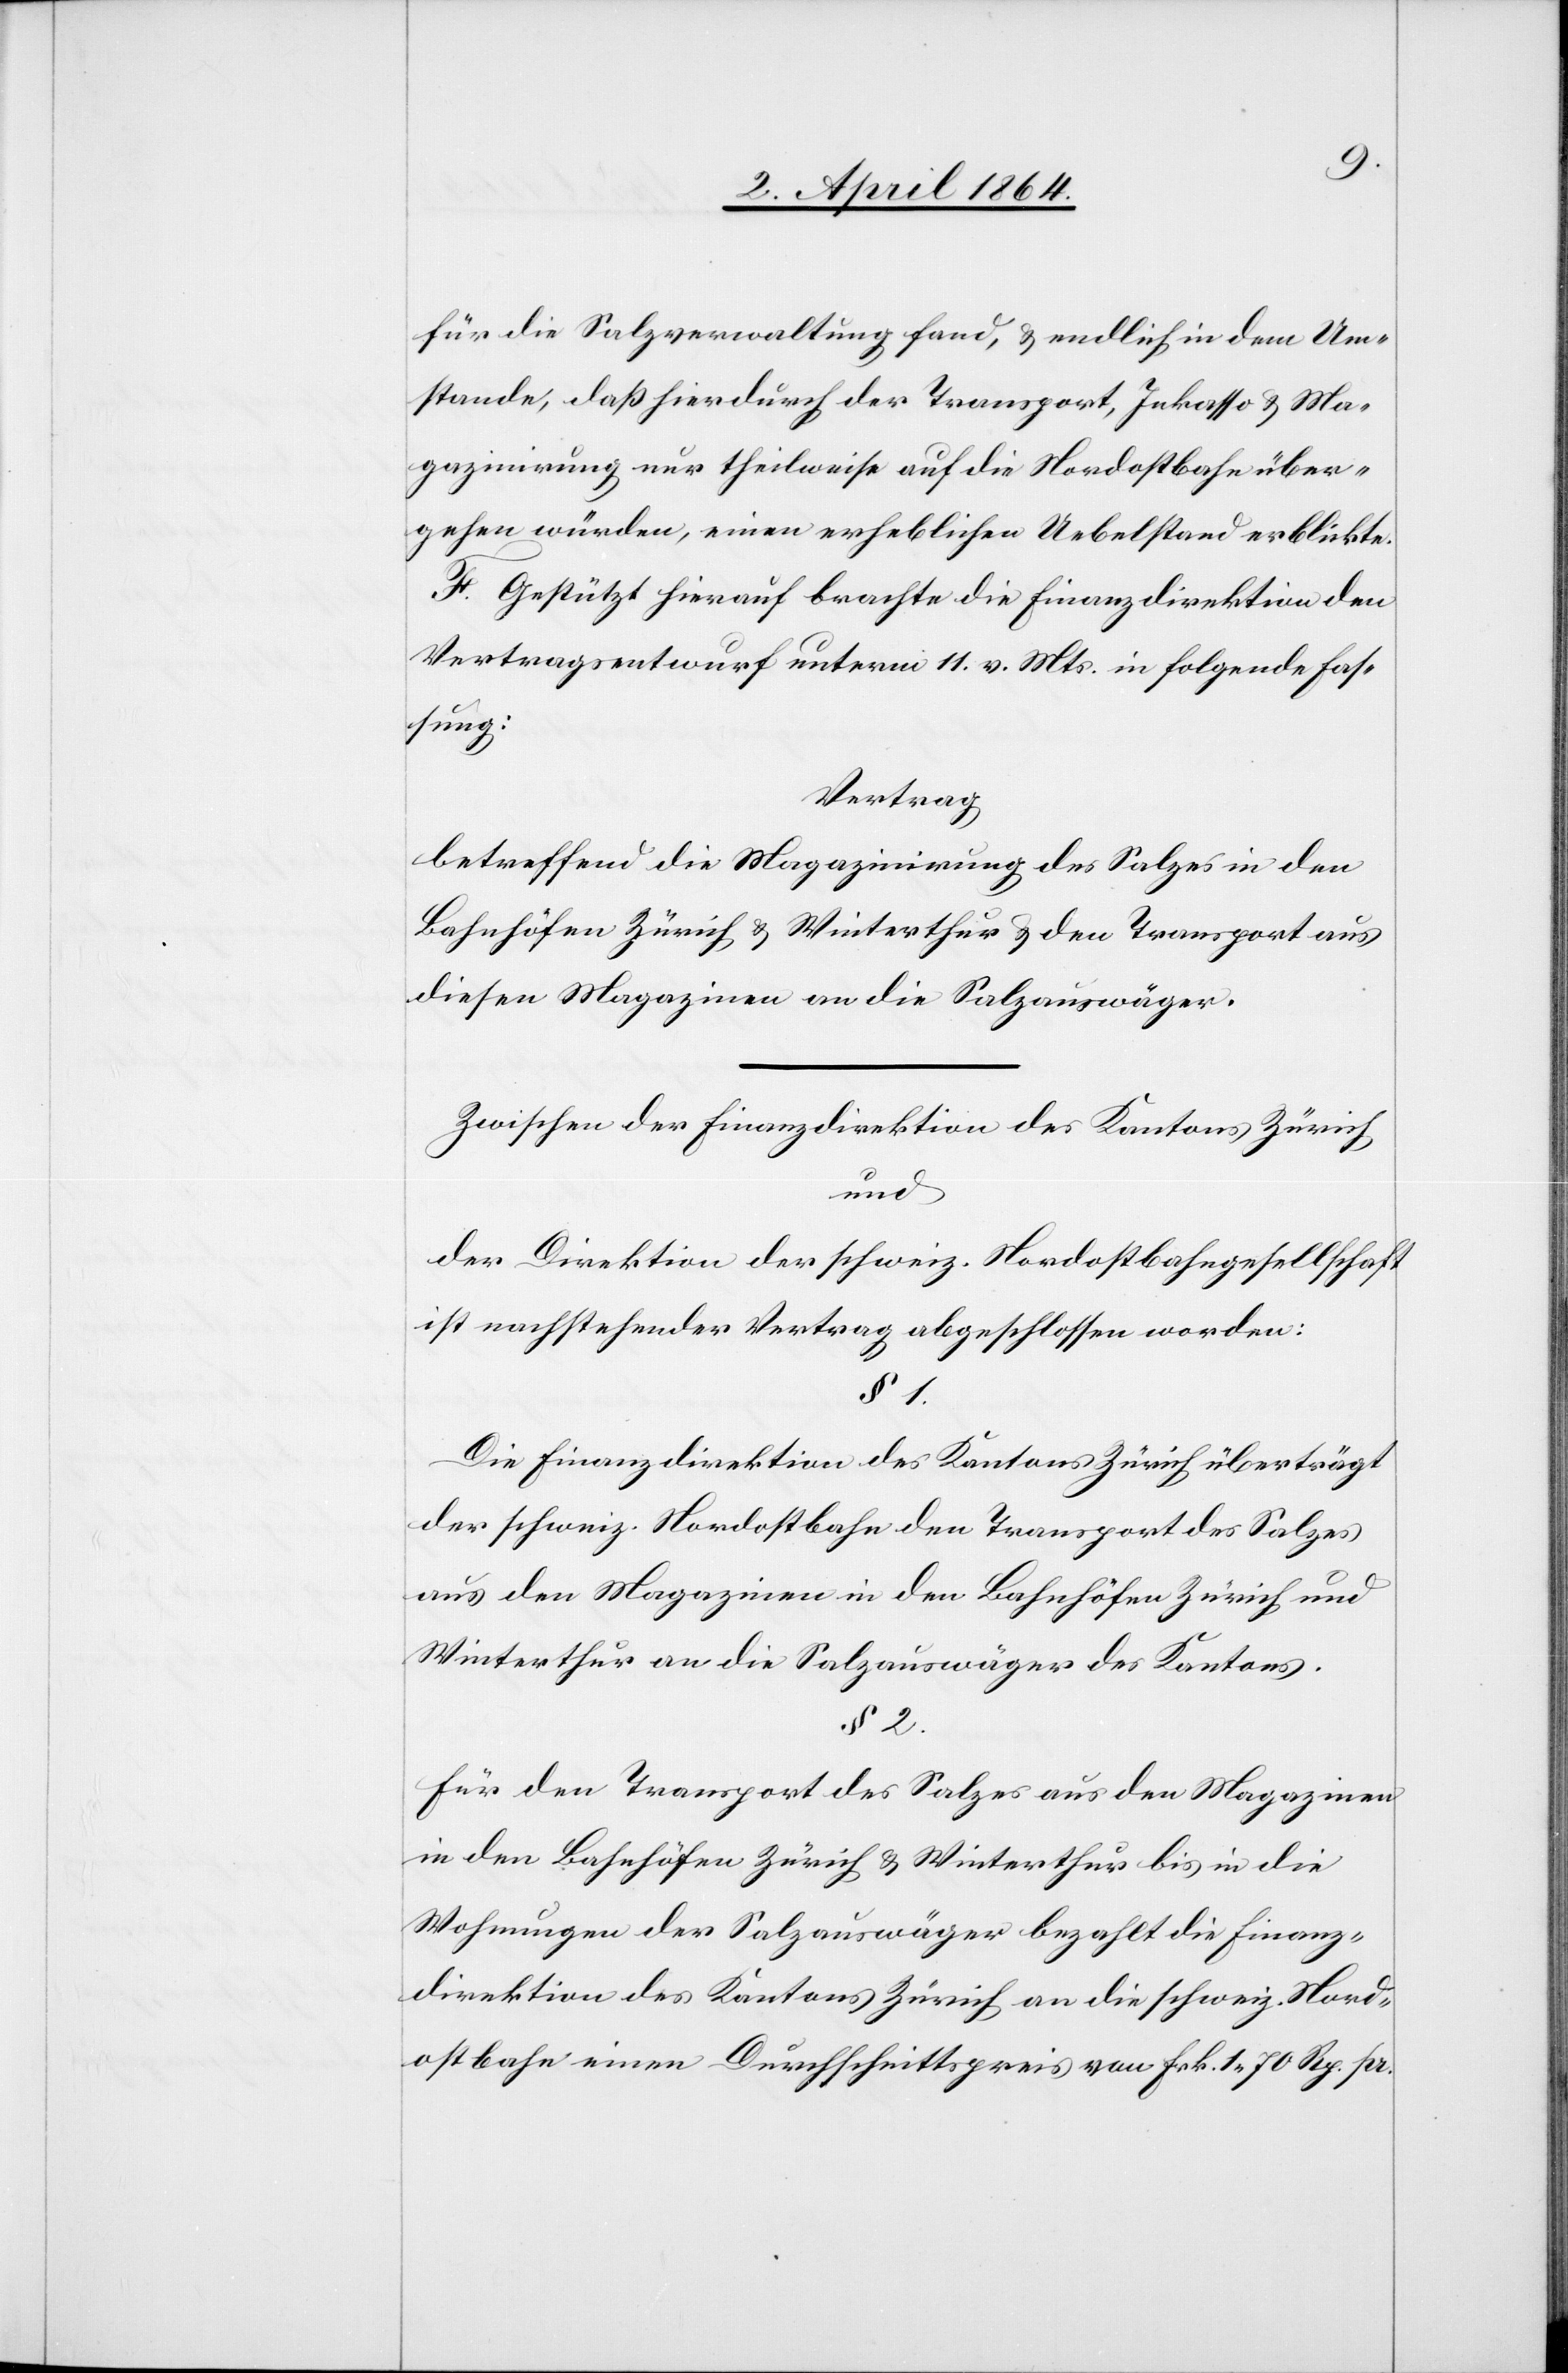
für die Salzverwaltung fand, u. endlich in dem Um¬
stande, daß hierdurch der Transport, Inkasso u. Ma¬
gazinirung nur theilweise auf die Nordostbahn über¬
gehen würden, einen erheblichen Uebelstand erblickte.
F. Gestützt hierauf brachte die Finanzdirektion den
Vertragsentwurf unterm 11. v. Mts. in folgende Fas¬
sung:
Vertrag
betreffend die Magazinirung des Salzes in den
Bahnhöfen Zürich u. Winterthur u. den Transport aus
diesen Magazinen an die Salzauswäger.
Zwischen der Finanzdirektion des Kantons Zürich
und
der Direktion der schweiz. Nordostbahngesellschaft
ist nachstehender Vertrag abgeschlossen worden:
§ 1.
Die Finanzdirektion des Kantons Zürich überträgt
der schweiz. Nordostbahn den Transport des Salzes
aus den Magazinen in den Bahnhöfen Zürich und
Winterthur an die Salzauswäger des Kantons.
§ 2.
Für den Transport des Salzes aus den Magazinen
in den Bahnhöfen Zürich u. Winterthur bis in die
Wohnungen der Salzauswäger bezahlt die Finanz¬
direktion des Kantons Zürich an die schweiz. Nord¬
ostbahn einen Durchschnittspreis von Frk. 1 70 Rp. pr.